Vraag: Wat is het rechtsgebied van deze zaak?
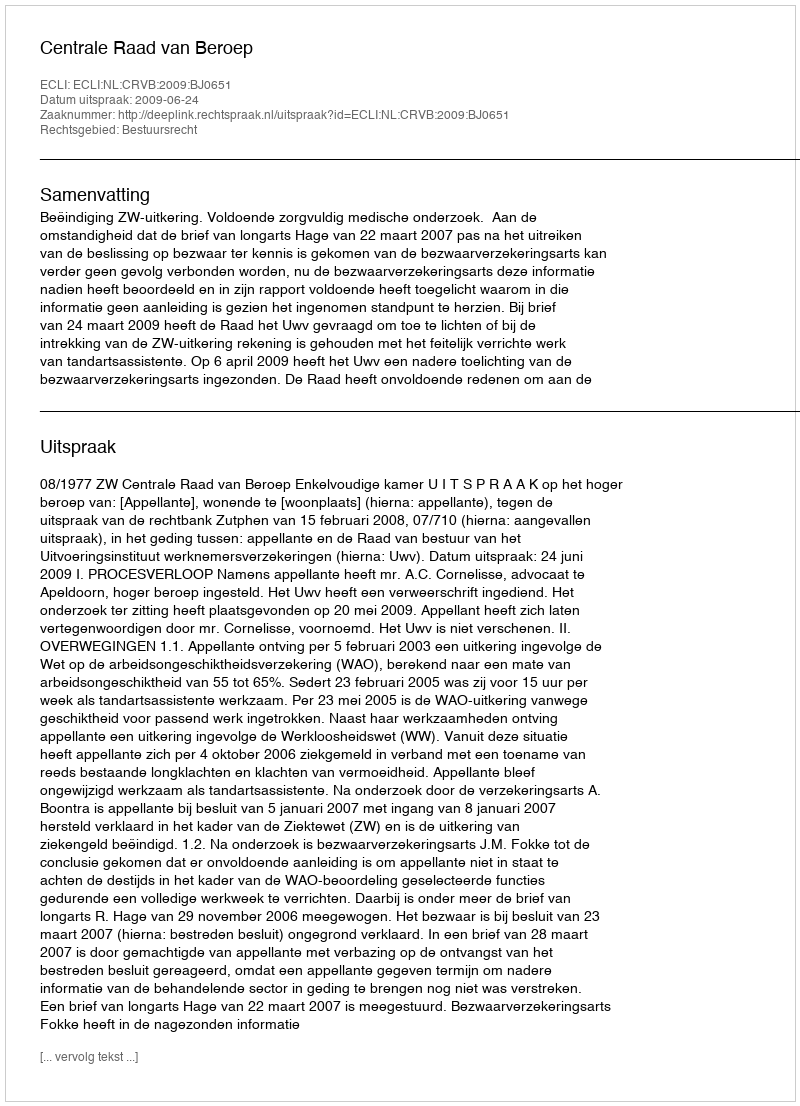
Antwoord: Bestuursrecht